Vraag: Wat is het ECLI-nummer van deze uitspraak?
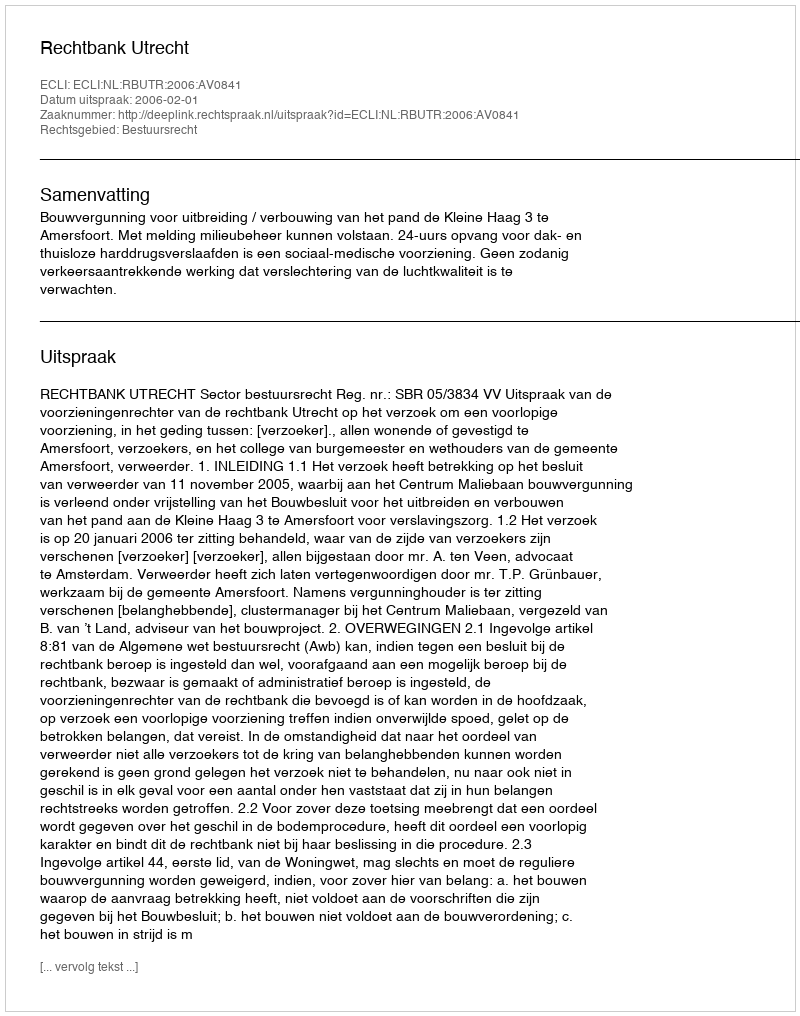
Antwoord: ECLI:NL:RBUTR:2006:AV0841